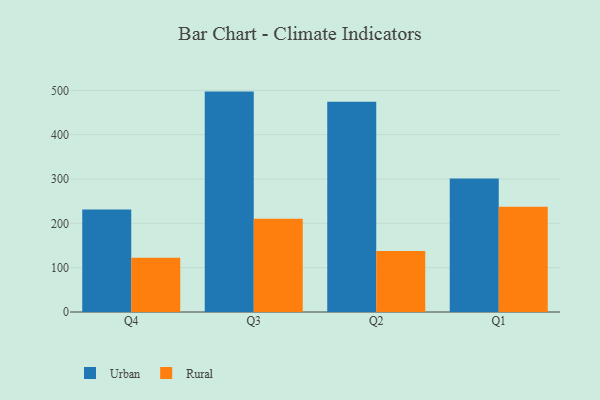
{"axis": {"x": "Quarter", "y": "Waste Production (Tons)"}, "legend": ["Rural", "Urban"], "data": [{"x": "Q4", "y": 231.4, "type": "Urban"}, {"x": "Q4", "y": 122.5, "type": "Rural"}, {"x": "Q3", "y": 497.2, "type": "Urban"}, {"x": "Q3", "y": 210.3, "type": "Rural"}, {"x": "Q2", "y": 474.4, "type": "Urban"}, {"x": "Q2", "y": 137.7, "type": "Rural"}, {"x": "Q1", "y": 301.4, "type": "Urban"}, {"x": "Q1", "y": 237.7, "type": "Rural"}]}